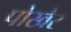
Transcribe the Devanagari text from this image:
पोखेर